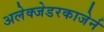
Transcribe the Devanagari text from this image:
अलेक्जेडरकाजेर्न